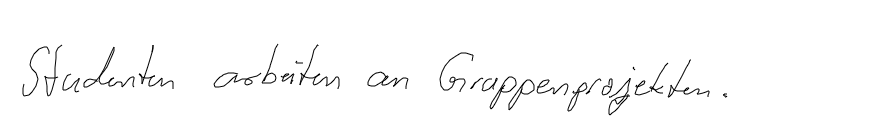
Studenten arbeiten an Gruppenprojekten.